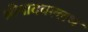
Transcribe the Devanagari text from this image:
श्रीपादवल्लभ